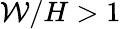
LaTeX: \mathcal{W}/H>1